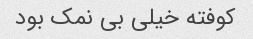
کوفته خیلی بی نمک بود